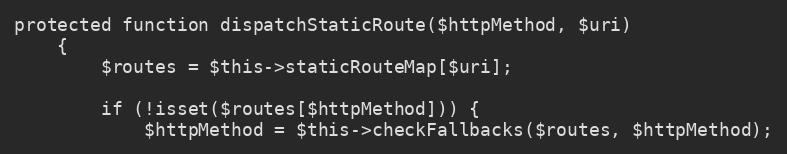
Language: PHP
protected function dispatchStaticRoute($httpMethod, $uri)
    {
        $routes = $this->staticRouteMap[$uri];

        if (!isset($routes[$httpMethod])) {
            $httpMethod = $this->checkFallbacks($routes, $httpMethod);